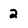
Character: 2